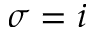
\sigma = i